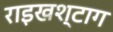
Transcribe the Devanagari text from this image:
राइखश्टाग